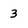
Character: 3